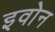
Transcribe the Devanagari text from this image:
इवोन